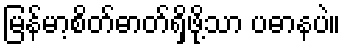
မြန်မာ့စိတ်ဓာတ်ရှိဖို့သာ ပဓာနပဲ။